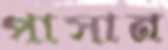
পাসান